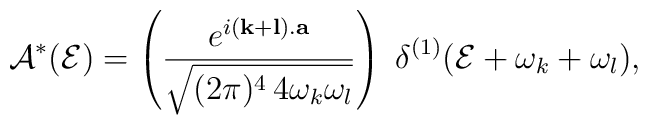
{\cal A}^*({\cal E})=\left(\frac{e^{i({\bf k}+{\bf l}).{\bf a}}}{\sqrt{(2\pi)^4\, 4\omega_{k}\omega_{l}}}\right)\; \delta^{(1)}({\cal E}+\omega_{k}+\omega_{l}),